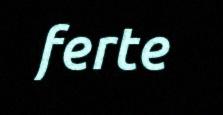
ferte